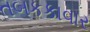
તબકકાવાર